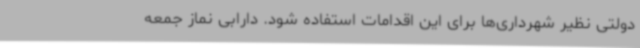
دولتی نظیر شهرداری‌ها برای این اقدامات استفاده شود. دارابی نماز جمعه